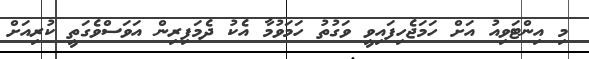
މި އިންޓަވިއު އަށް ހަމަޖެހިފައިވީ ވަގުތު ހަމަވުމާ އެކު ދެމަފިރިން އަވަސްވެގަތީ ކުރިއަށް